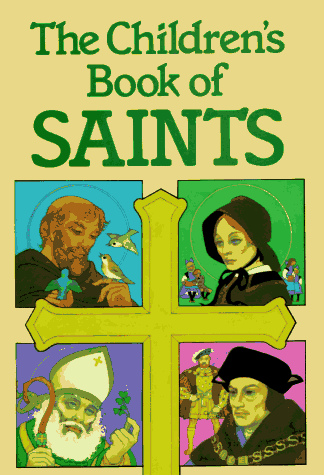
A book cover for The Children's Book of Saints; Louis M. Savary; Christian Books & Bibles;